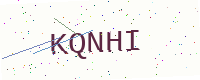
Text: KQNHI